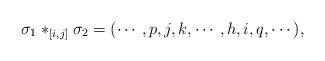
LaTeX: \begin{align*} \sigma_1 *_{[i,j]}\sigma_2 = (\cdots, p,j,k, \cdots, h,i,q,\cdots), \end{align*}